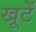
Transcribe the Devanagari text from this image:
खूटें